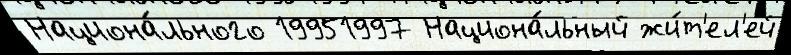
Национа́льного 19951997 Национа́льный жи́т'ел'ей